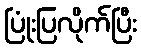
ပြုံးပြလိုက်ပြီး